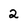
Character: 2